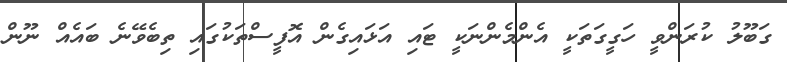
ގަބޫލު ކުރަންވީ ހަގީގަތަކީ އެންމެންނަކީ ޓައި އަޅައިގެން އޮފީސްތަކުގައި ތިބެވޭނެ ބައެއް ނޫން